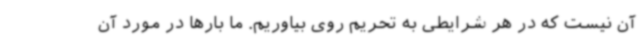
آن نیست که در هر شرایطی به تحریم روی بیاوریم. ما بارها در مورد آن